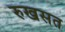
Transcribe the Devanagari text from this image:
रुखसत